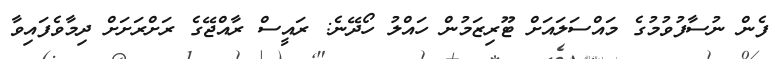
ފެން ނުސާފުވުމުގެ މައްސަލައަށް ޓޫރިޒަމުން ހައްލު ހޯދޭނެ: ރައީސް ރާއްޖޭގެ ރަށްރަށަށް ދިމާވެފައިވާ